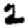
Digit: 2